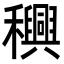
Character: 𮃴